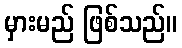
မှားမည် ဖြစ်သည်။